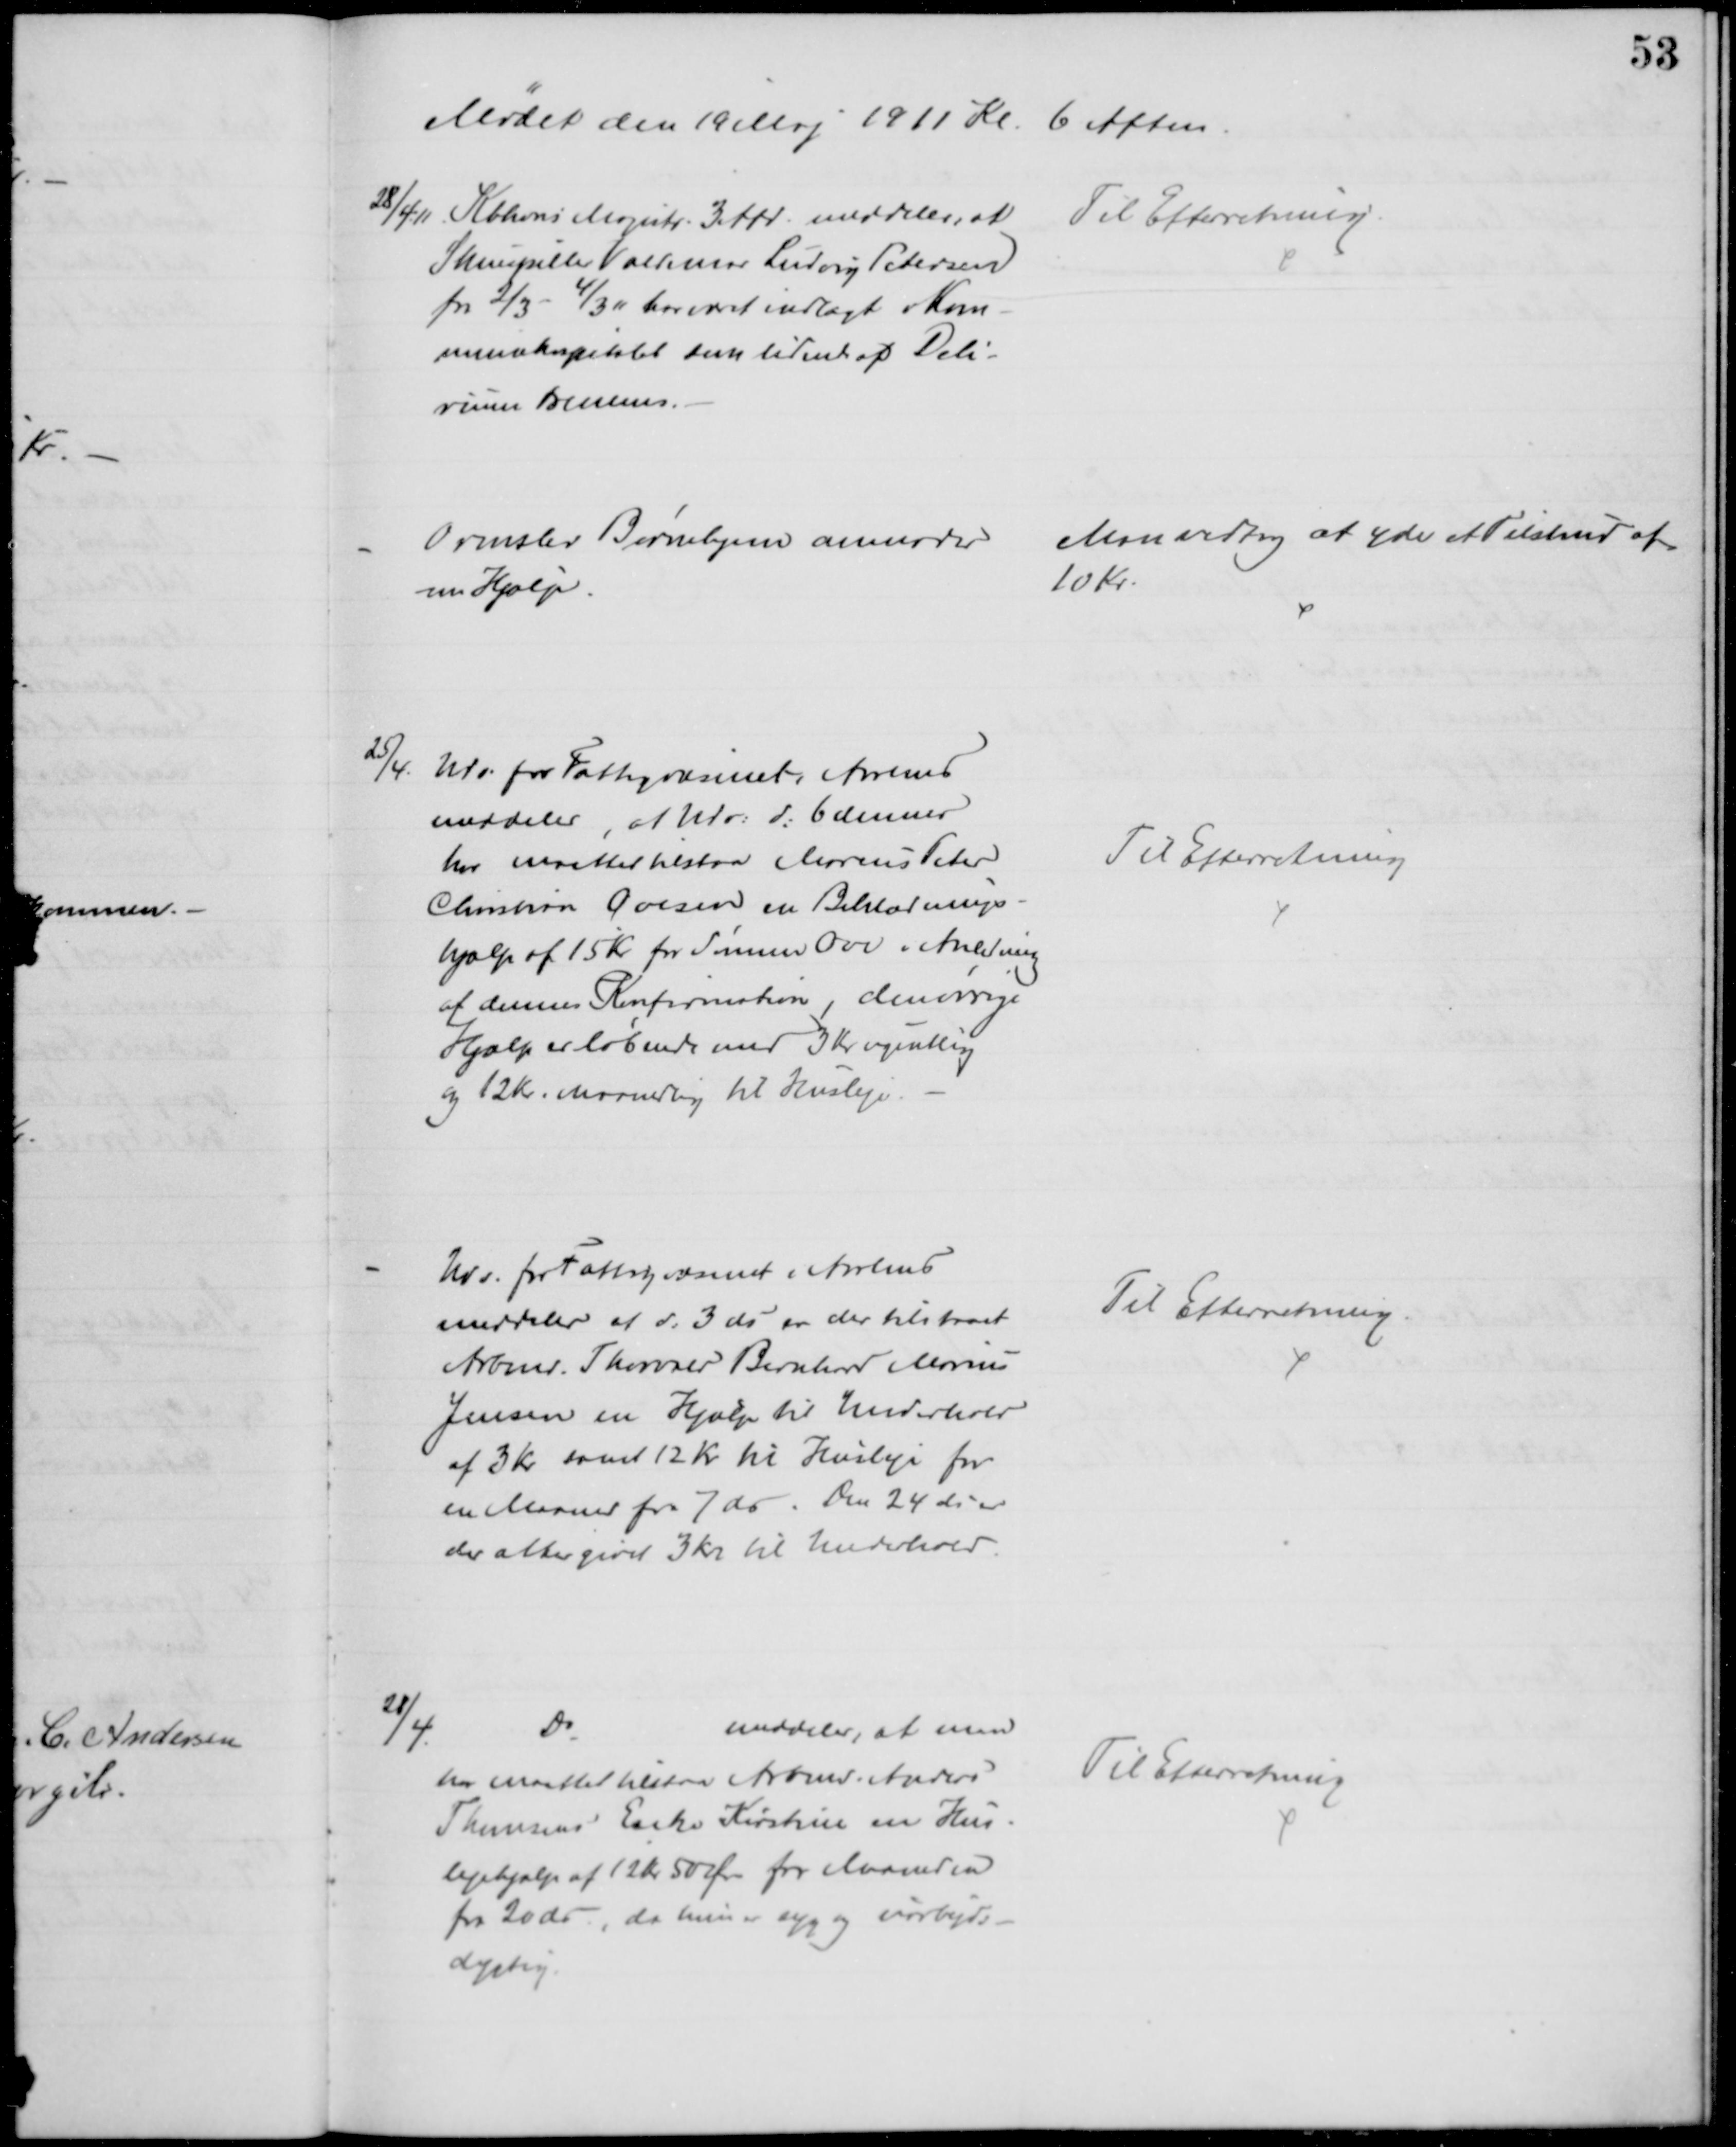
Transskription:
Mødet den 19 Maj 1911 Kl. 6 Aften.
28/4.11. Kbhvns Magistr. 3 Afd. meddeler, at
Skuespiller Valdemar Ludvig Petersen
fra 2/3 - 4/3 11 har været indlagt i Kom-
munehospitalet som lidende af Deli-
rium tremens.
Til Efterretning.
Ormslev Børnehjem anmoder
om Hjælp.
Man vedtog at yde et Tilskud af
10 Kr.
25/4. Udv. for Fattigvæsenet i Aarhus
meddeler, at Udv: d: 6 dennes
har maattet tilstaa Marcus Peter
Christian Ovesen en Beklædnings-
hjælp af 15 Kr for Sønnen Ove i Anledning
af dennes Konfirmation, den øvrige
Hjælp er løbende med 3 Kr ugentlig
og 12 Kr. Maanedlig til Husleje
Til Efterretning
Udv. for Fattigvæsenet i Aarhus
meddeler af d: 3 ds er der tilstaaet
Arbmd. Thorvald Bernhard Marius
Jensen en Hjælp til Underhold
af 3 Kr samt 12 Kr til Husleje for
en Maaned fra 7 ds. Den 24 ds er
der atter givet 3 Kr til Underhold.
Til Efterretning.
28/4.
Do
meddeler, at man
har maattet tilstaa Arbmd. Anders
Thomsens Enke Kirstine en Hus-
lejehjælp af 12 Kr 50 Øre for Maaneden
fra 20 ds, da hun er syg og uarbejds-
dygtig.
Til Efterretning